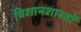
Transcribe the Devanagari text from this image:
विशानशास्त्रों